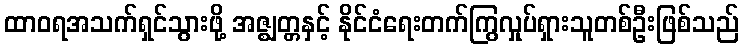
ထာဝရအသက်ရှင်သွားဖို့ အဇ္ဈတ္တနှင့် နိုင်ငံရေးတက်ကြွလှုပ်ရှားသူတစ်ဦးဖြစ်သည်